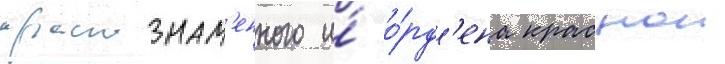
краснознам'енного и́ о́рд'ена краснои